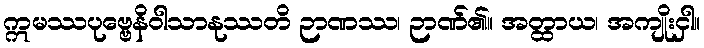
ဣမဿပုဗ္ဗေနိဝါသာနုဿတိ ဉာဏဿ၊ ဉာဏ်၏။ အတ္ထာယ၊ အကျိုးငှါ။